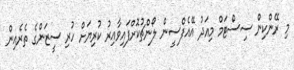
މި ރޭންކިން ސިސްޓަމް މިއަދު އޭއެފްސީން ލޯންޗުކޮށްފައިވާއިރު ކުރިޔަށް ހުރި ސީޒަންގެ ތެރެއިން